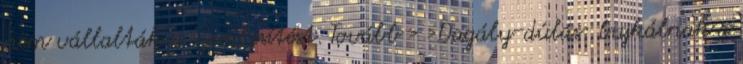
nem vállalták a szembesítést. Tovább › ›Dagály-dúlás: bujkálnak a